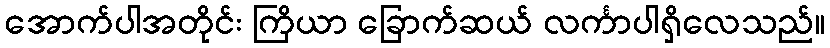
အောက်ပါအတိုင်း ကြိယာ ခြောက်ဆယ် လင်္ကာပါရှိလေသည်။